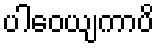
ပါဝေယျကာပိ